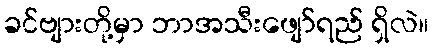
ခင်ဗျားတို့မှာ ဘာအသီးဖျော်ရည် ရှိလဲ။